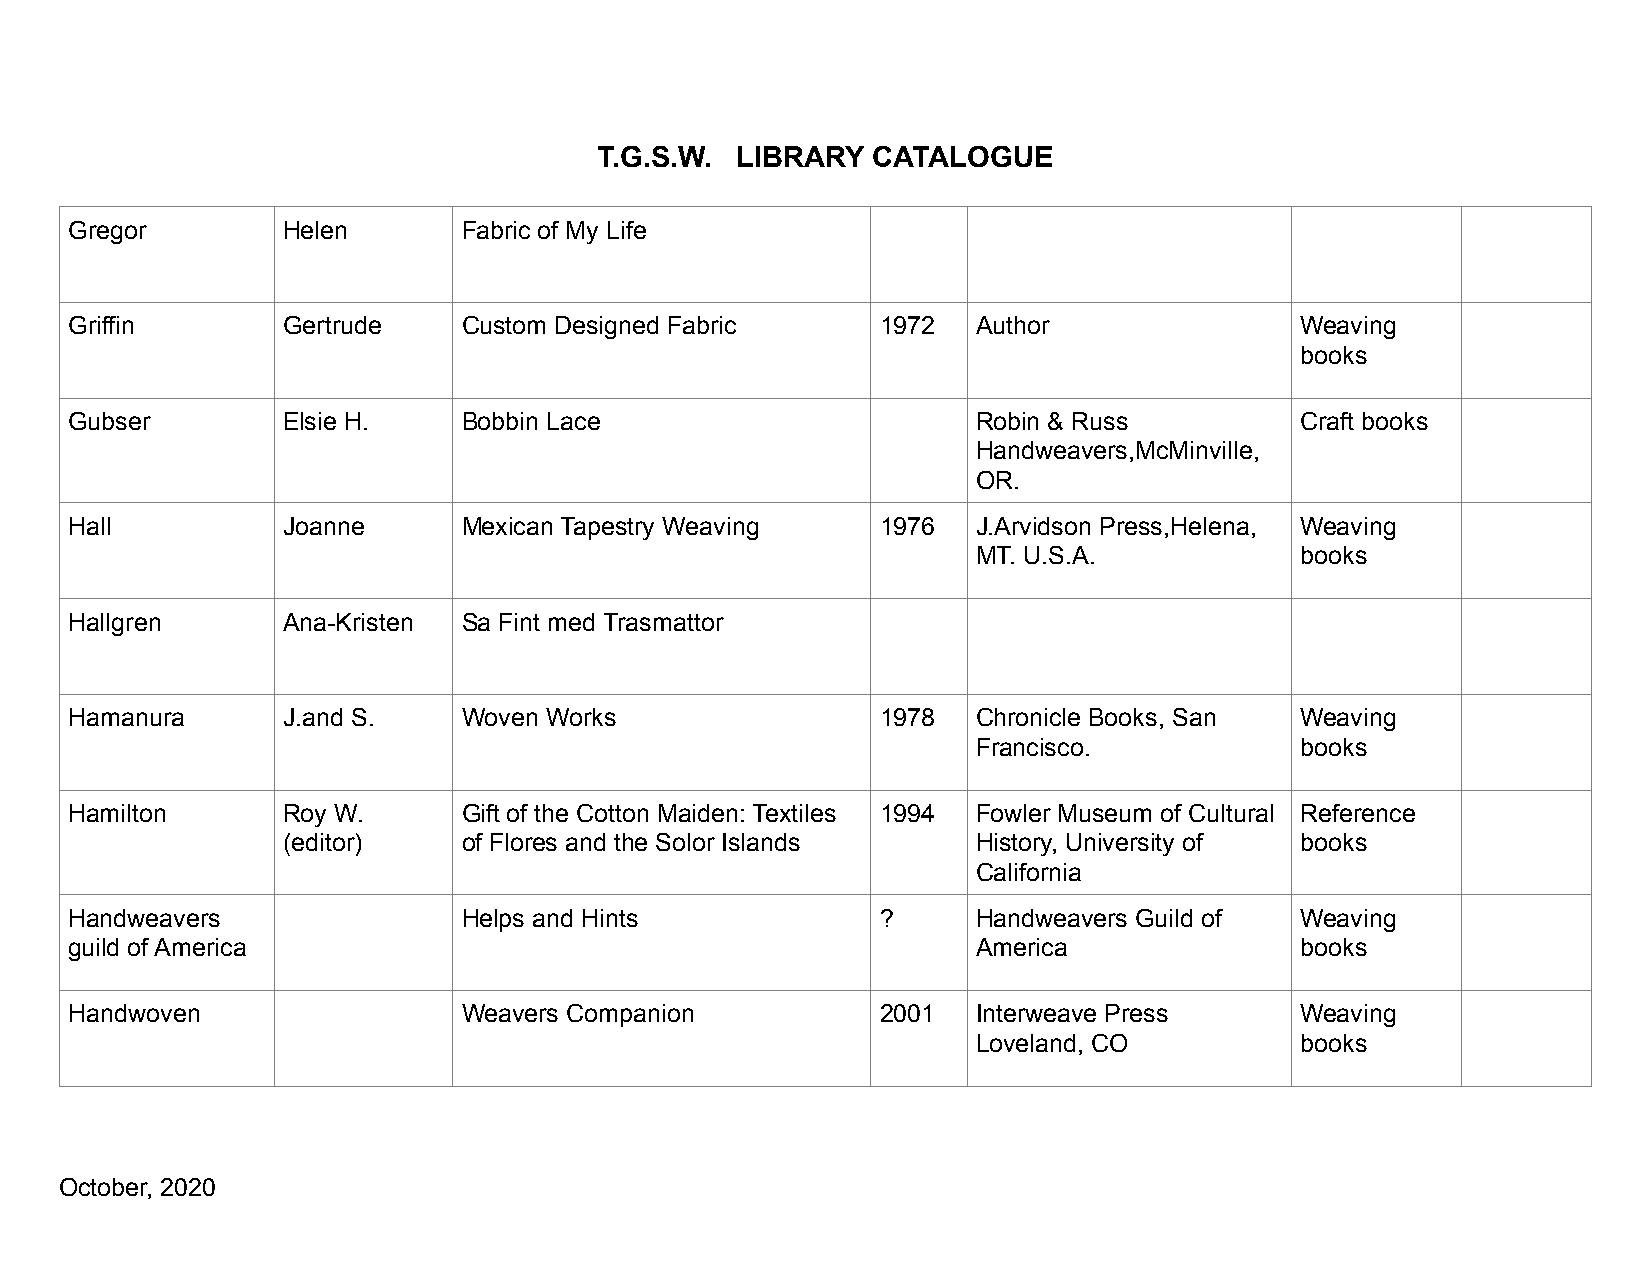
T.G.S.W. LIBRARY  CATALOGUE
 Gregor        Helen       Fabric of My Life
 Griffin       Gertrude    Custom Designed Fabric     1972   Author               Weaving
 books
 Gubser        Elsie H.    Bobbin Lace                       Robin & Russ         Craft books
 Handweavers,McMinville,
 OR.
 Hall          Joanne      Mexican Tapestry Weaving   1976   J.Arvidson Press,Helena, Weaving
 MT. U.S.A.           books
 Hallgren      Ana-Kristen Sa Fint med Trasmattor
 Hamanura      J.and S.    Woven Works                1978   Chronicle Books, San Weaving
 Francisco.           books
 Hamilton      Roy W.      Gift of the Cotton Maiden: Textiles 1994 Fowler Museum of Cultural Reference
 (editor)    of Flores and the Solor Islands   History, University of books
 California
 Handweavers               Helps and Hints            ?      Handweavers Guild of Weaving
 guild of America                                            America              books
 Handwoven                 Weavers Companion          2001   Interweave Press     Weaving
 Loveland, CO         books
 October, 2020